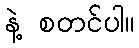
နဲ့ စတင်ပါ။